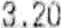
3.20